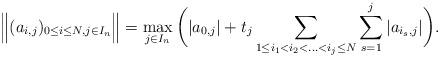
LaTeX: \begin{align*}\Big\|(a_{i,j})_{0\leq i\leq N,j\in I_n}\Big\|=\max_{j\in I_n}\bigg(|a_{0,j}|+t_j\sum_{1\leq i_1<i_2<\ldots<i_j\leq N}\sum_{s=1}^j|a_{i_s,j}|\bigg).\end{align*}